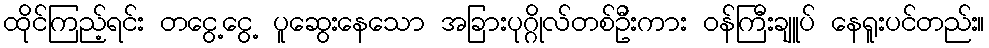
ထိုင်ကြည့်ရင်း တငွေ့ငွေ့ ပူဆွေးနေသော အခြားပုဂ္ဂိုလ်တစ်ဦးကား ဝန်ကြီးချူပ် နေရူးပင်တည်း။